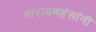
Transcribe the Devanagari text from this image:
नारायणहंसांनी